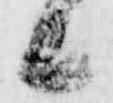
候